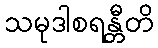
သမုဒါစရန္တီတိ